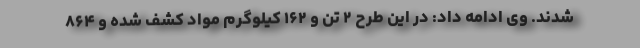
شدند. وی ادامه داد: در این طرح ۲ تن و ۱۶۲ کیلوگرم مواد کشف شده و ۸۶۴